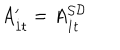
A _ { { \dot { 1 } } t } ^ { \prime } = A _ { { \dot { 1 } } t } ^ { { \cal S D } }